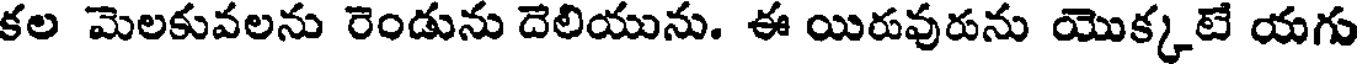
కల మెలకువలను రెండును దెలియును. ఈ యిరువురును యొక్కటే యగు